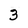
Character: 3